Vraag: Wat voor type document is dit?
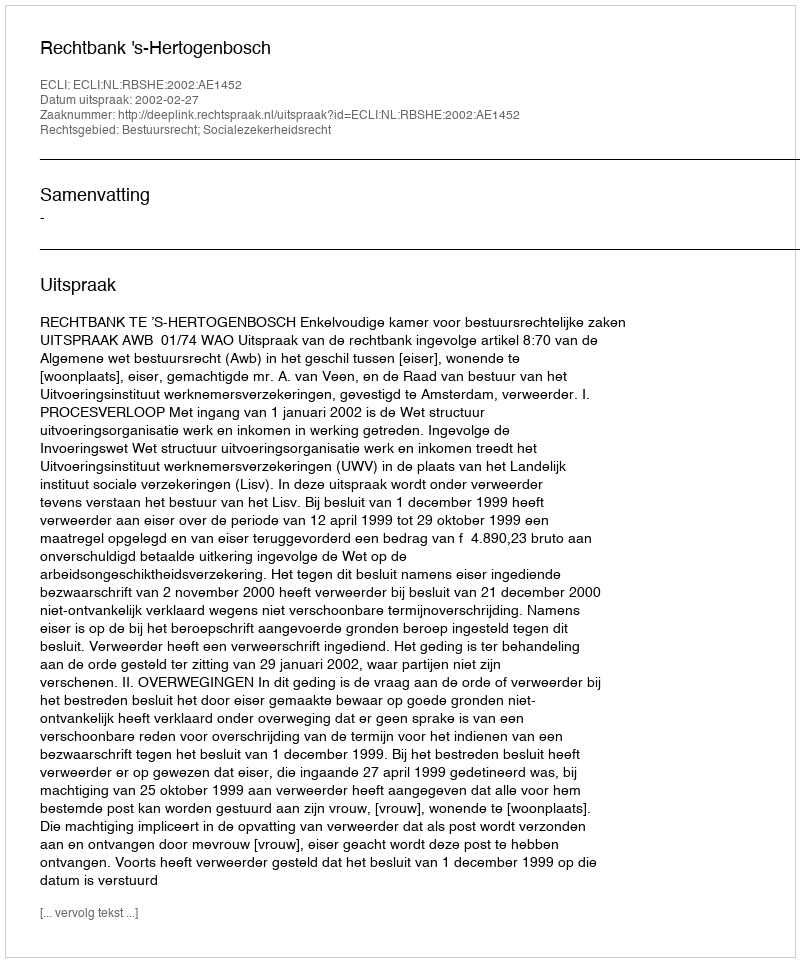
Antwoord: Uitspraak